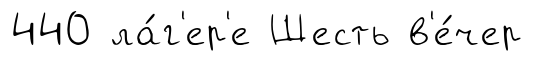
440 ла́г'ер'е Шесть в'е́чер